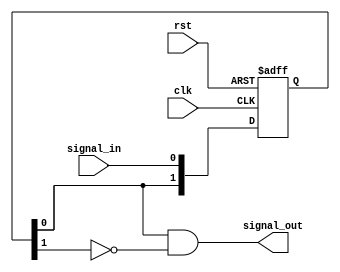
module my_rising_edge_detector
    (
        input rst,
        input clk,
        input signal_in,
        output signal_out
    );
    
    reg [1 : 0] ff_reg;
    wire [1 : 0] ff_next;
    
    always @(posedge clk, negedge rst) begin
        if (rst == 1'b0) begin
            ff_reg <= 2'b00;
        end
        else begin
            ff_reg <= ff_next;
        end
    end
    
    assign ff_next = { ff_reg[0], signal_in };
    
    assign signal_out = ff_reg[0] & ~ff_reg[1];
    
endmodule